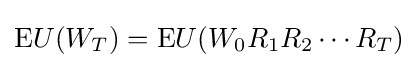
{\text{E}}U(W_{T})={\text{E}}U(W_{0}R_{1}R_{2}\cdots R_{T})